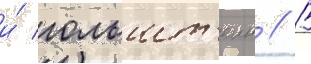
и́ гольшт'еин // В